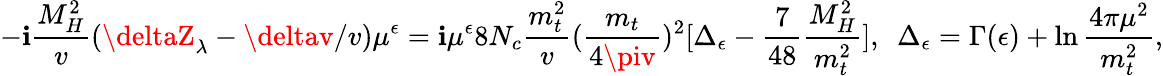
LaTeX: \displaystyle-\mathbf{i}\frac{{M_{H}^{2}}}{{v}}(\deltaZ_{\lambda}-\deltav/v)\mu^{\epsilon}=\mathbf{i}\mu^{\epsilon}8N_{c}\frac{{m_{t}^{2}}}{{v}}(\frac{{m_{t}}}{{4\piv}})^{2}[\Delta_{\epsilon}-\frac{{7}}{{48}}\frac{{M_{H}^{2}}}{{m_{t}^{2}}}],~~\Delta_{\epsilon}=\Gamma(\epsilon)+\ln\frac{{4\pi\mu^{2}}}{{m_{t}^{2}}},